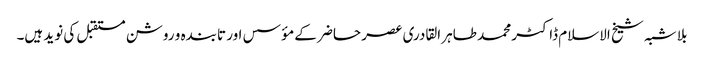
بلا شبہ شیخ الاسلام ڈاکٹر محمد طاہر القادری عصر حاضر کے مؤسس اور تابندہ و روشن مستقبل کی نوید ہیں۔